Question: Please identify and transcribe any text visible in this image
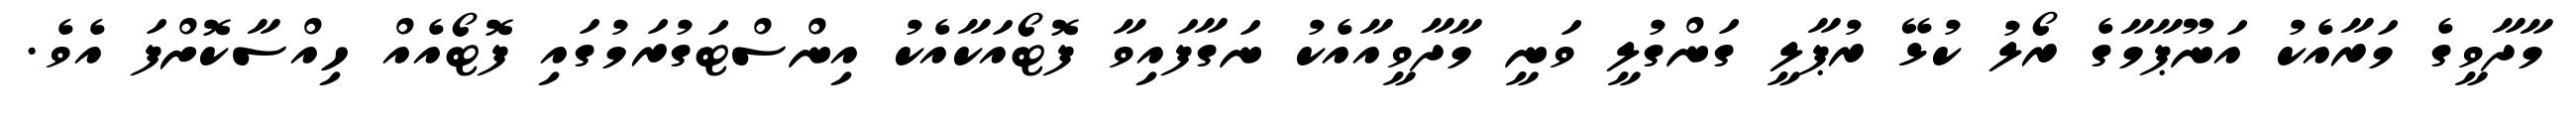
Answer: މާދާވީގެ މަރާއެކު އަނޫޕާމާގެ ރޯލު ކުޅޭ ރުޕާލީ ގަންގުލީ ވަނީ މާދާވީއާއެކު ނަގާފައިވާ ފޮޓޯއަކާއެކު އިންސްޓަގުރަމުގައި ފޮޓޯއެއް ހިއްސާކޮށްފަ އެވެ.